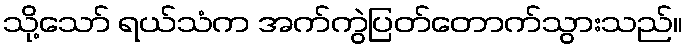
သို့သော် ရယ်သံက အက်ကွဲပြတ်တောက်သွားသည်။